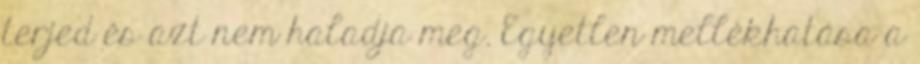
terjed és azt nem haladja meg. Egyetlen mellékhatása a